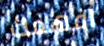
افهمك